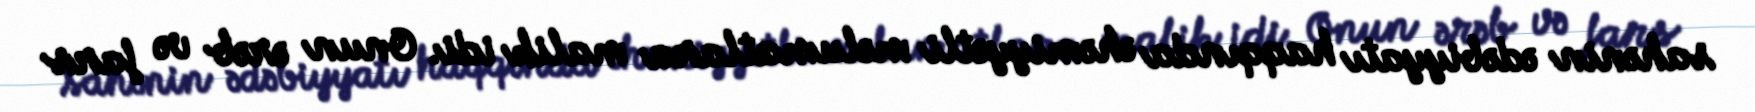
sahənin ədəbiyyatı haqqında əhəmiyyətli məlumatlara malik idi. Onun ərəb və fars